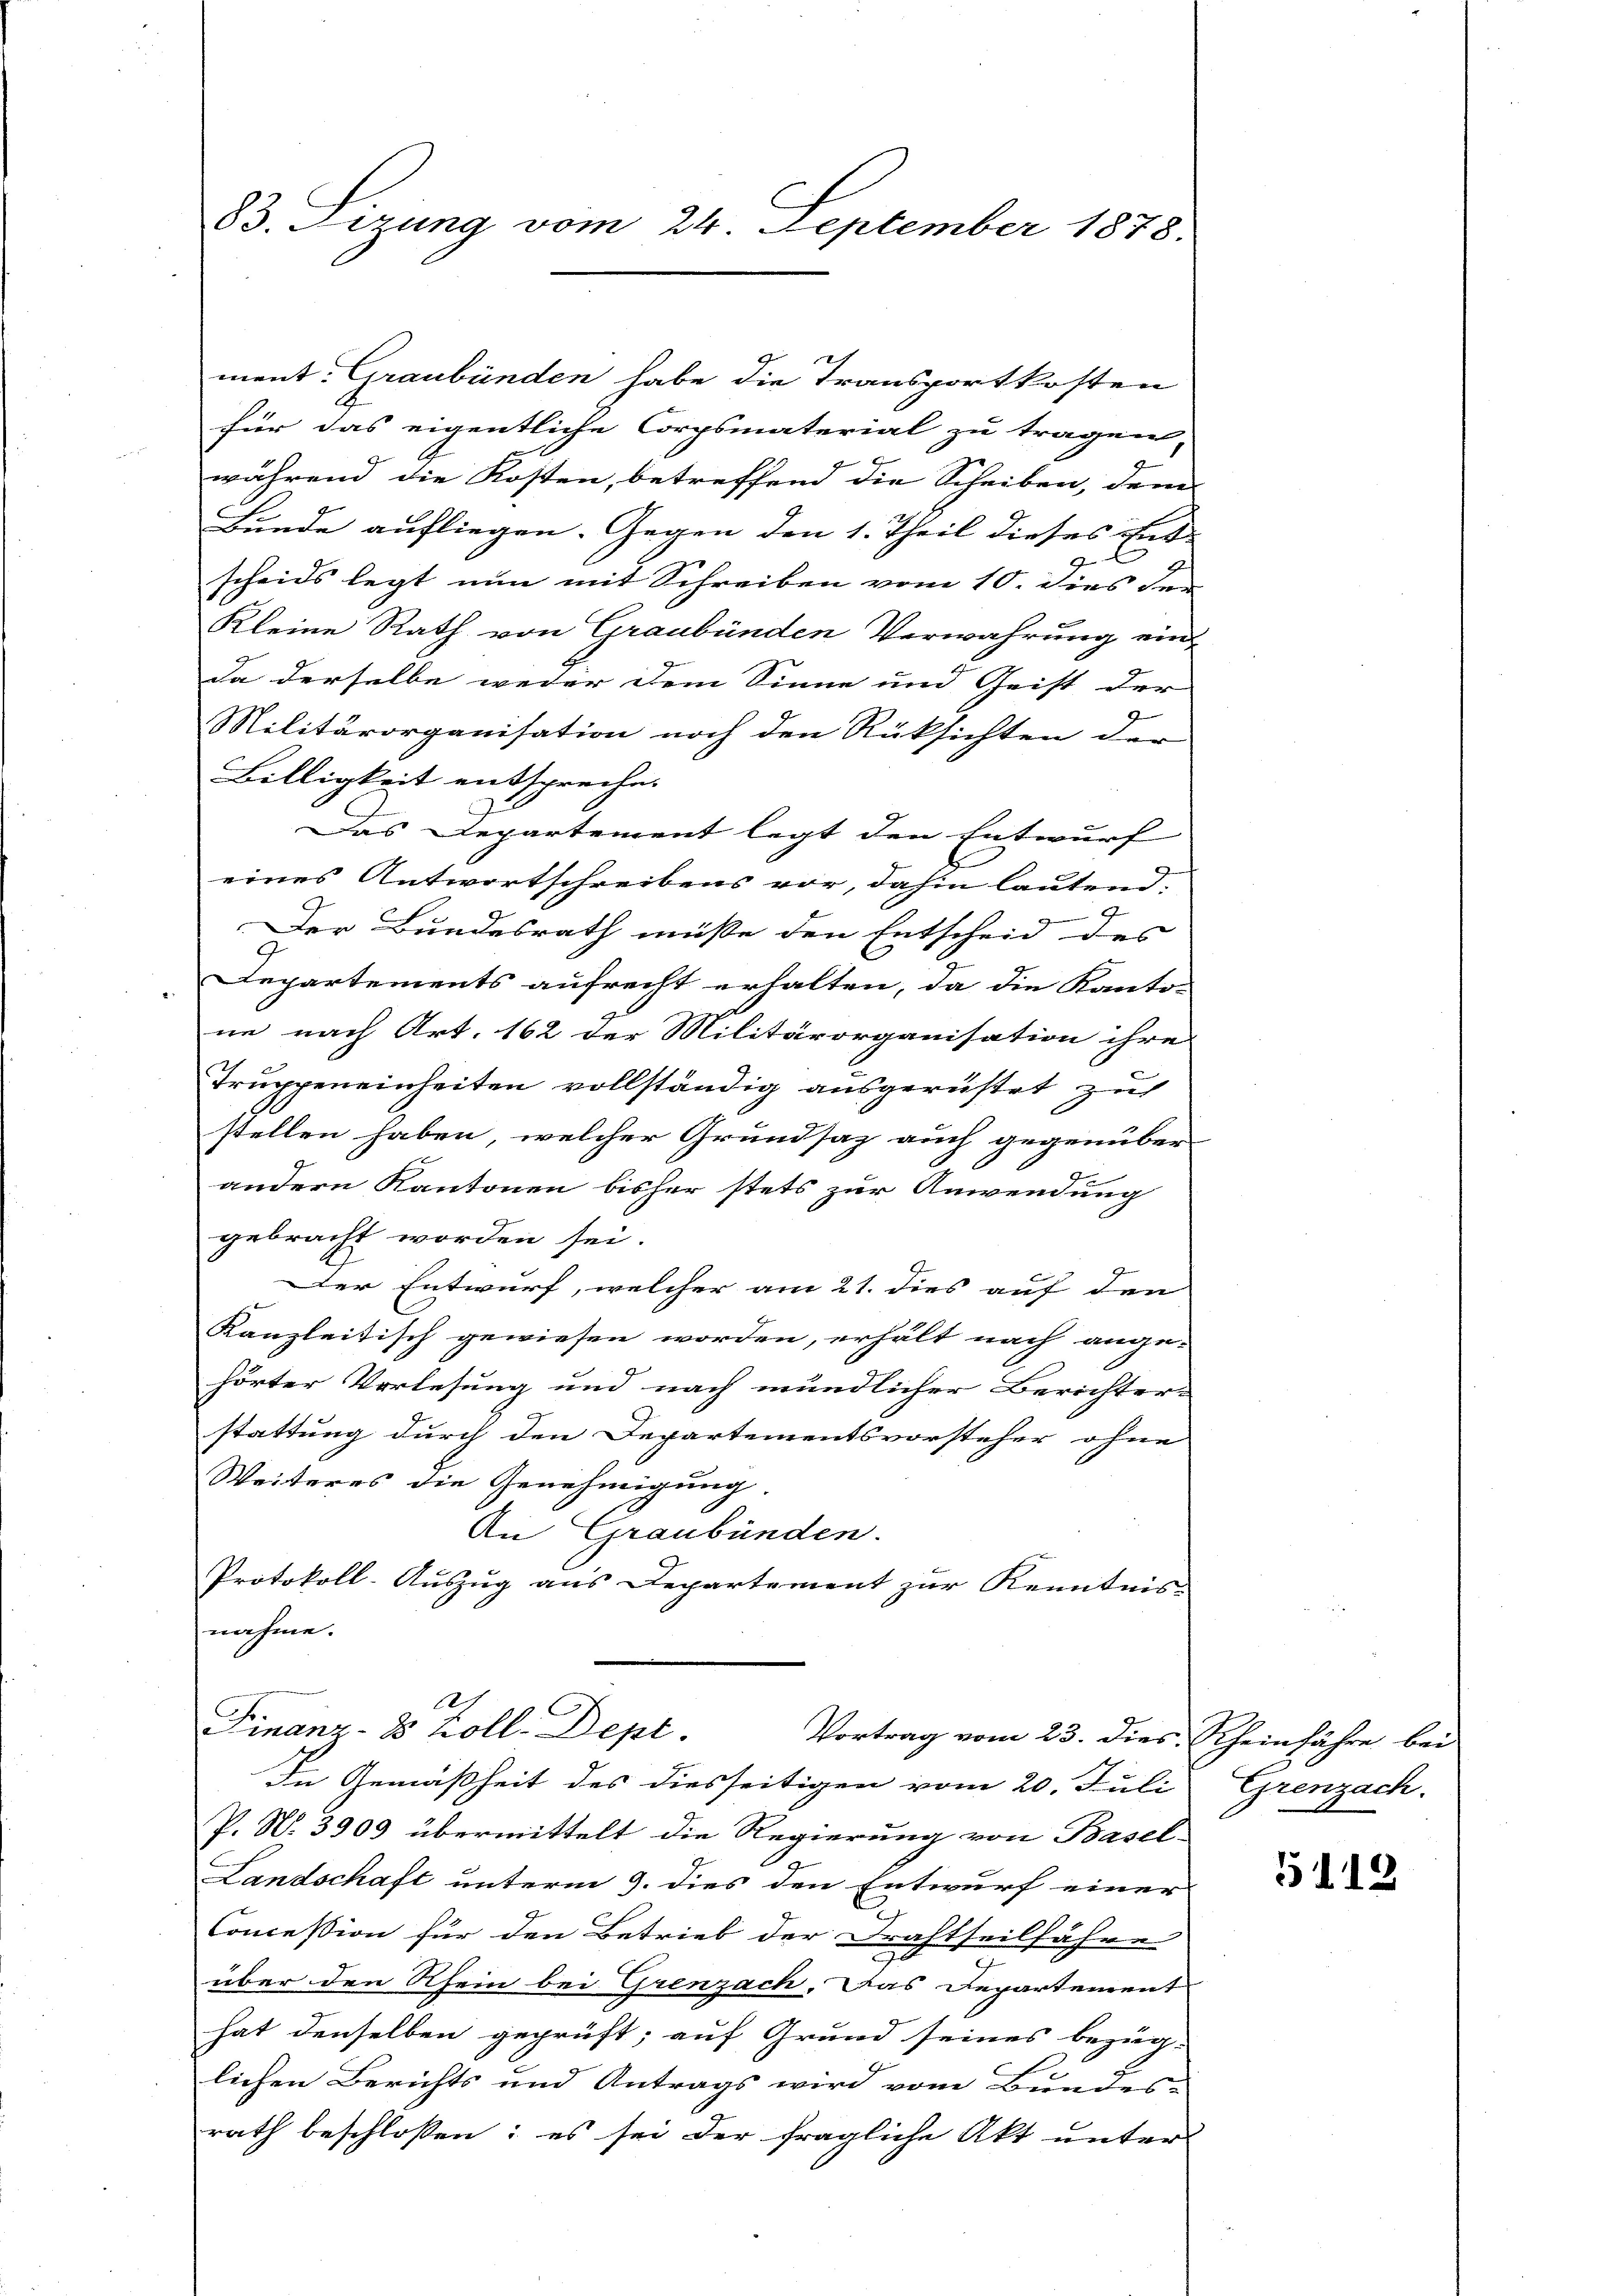
83. Sizung vom 24. September 1878.

ment: Graubünden habe die Transportkosten
für das eigentliche Corpsmaterial zu tragen,
während die Kosten, betreffend die Scheiben, dem
Bunde aufliegen. Gegen den 1. Theil dieses Ent-
scheids legt nun mit Schreiben vom 10. dies der
Kleine Rath von Graubünden Verwahrung ein-
Da derselbe weder dem Sinne und Geist der
Militärorganisation noch den Rüksichten der
Billigkeit entspreche.
Das Departement legt den Entwurf |
eines Antwortschreibens vor, dahin lautend.
d
Der Bundesrath müsse den Entscheid des
Departements aufrecht erhalten, da die Kanto-
ne nach Art. 162 der Militärorganisation ihre
Truppeneinheiten vollständig ausgerüstet zu
stellen haben, welcher Grundsaz auch gegenüber
andern Kantonen bisher stets zur Anwendung
gebracht worden sei.
Der Entwurf, welcher am 21. dies auf den
Kanzleitisch gewiesen worden, erhält nach ange-
hörter Vorlesung und nach mündlicher Berichter-
stattung durch den Departementsvorsteher ohne
Weiteres die Genehmigung
An Graubünden.
Protokoll-Auszug aus Departement zur Kenntnis-
nahme.
Finanz- 28 Koll. Dept.
Vortrag vom 23. dies Rheinfahre bei
In Gemäßheit des diesseitigen vom 20. Juli
P. N. 3909 übermittelt die Regierung von Basel-
Landschaft unterm 9. dies den Entwurf einer
Conceßion für den Betrieb der Drahtheilfahre
über den Rhein bei Grenzach. Das Departement
hat denselben geprüft; auf Grund seines bezüg-
lichen Berichts und Antrags wird vom Bundes-
rath beschlossen: es sei der fragliche Akt unter

Grenzach.

5112